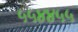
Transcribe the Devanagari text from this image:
५५४४५५